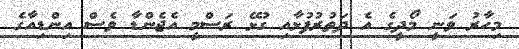
މިހާރު ވަނީ މޯދީގެ އެ ދަތުރުފުޅާއި ގުޅޭ ރަސްމީ އެޖެންޑާ ވެސް އިންޑިއާގެ